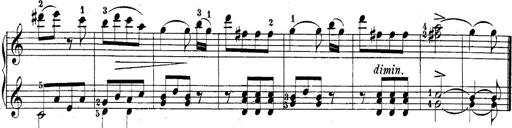
Title: 10 Sonatines progressives
Composer: Anton Schmoll